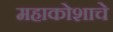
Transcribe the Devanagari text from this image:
महाकोशाचे